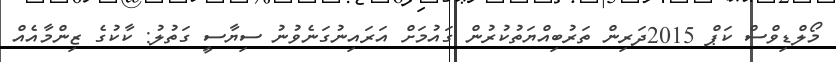
މޯލްޑިވްސް ކަޕް 2015ދަރިން ތަރުބިއްޔަތުކުރުން ގައުމަށް އަރައިނުގަނެވުނު ސިޔާސީ ގަތުލު: ކާކުގެ ޒިންމާއެއް